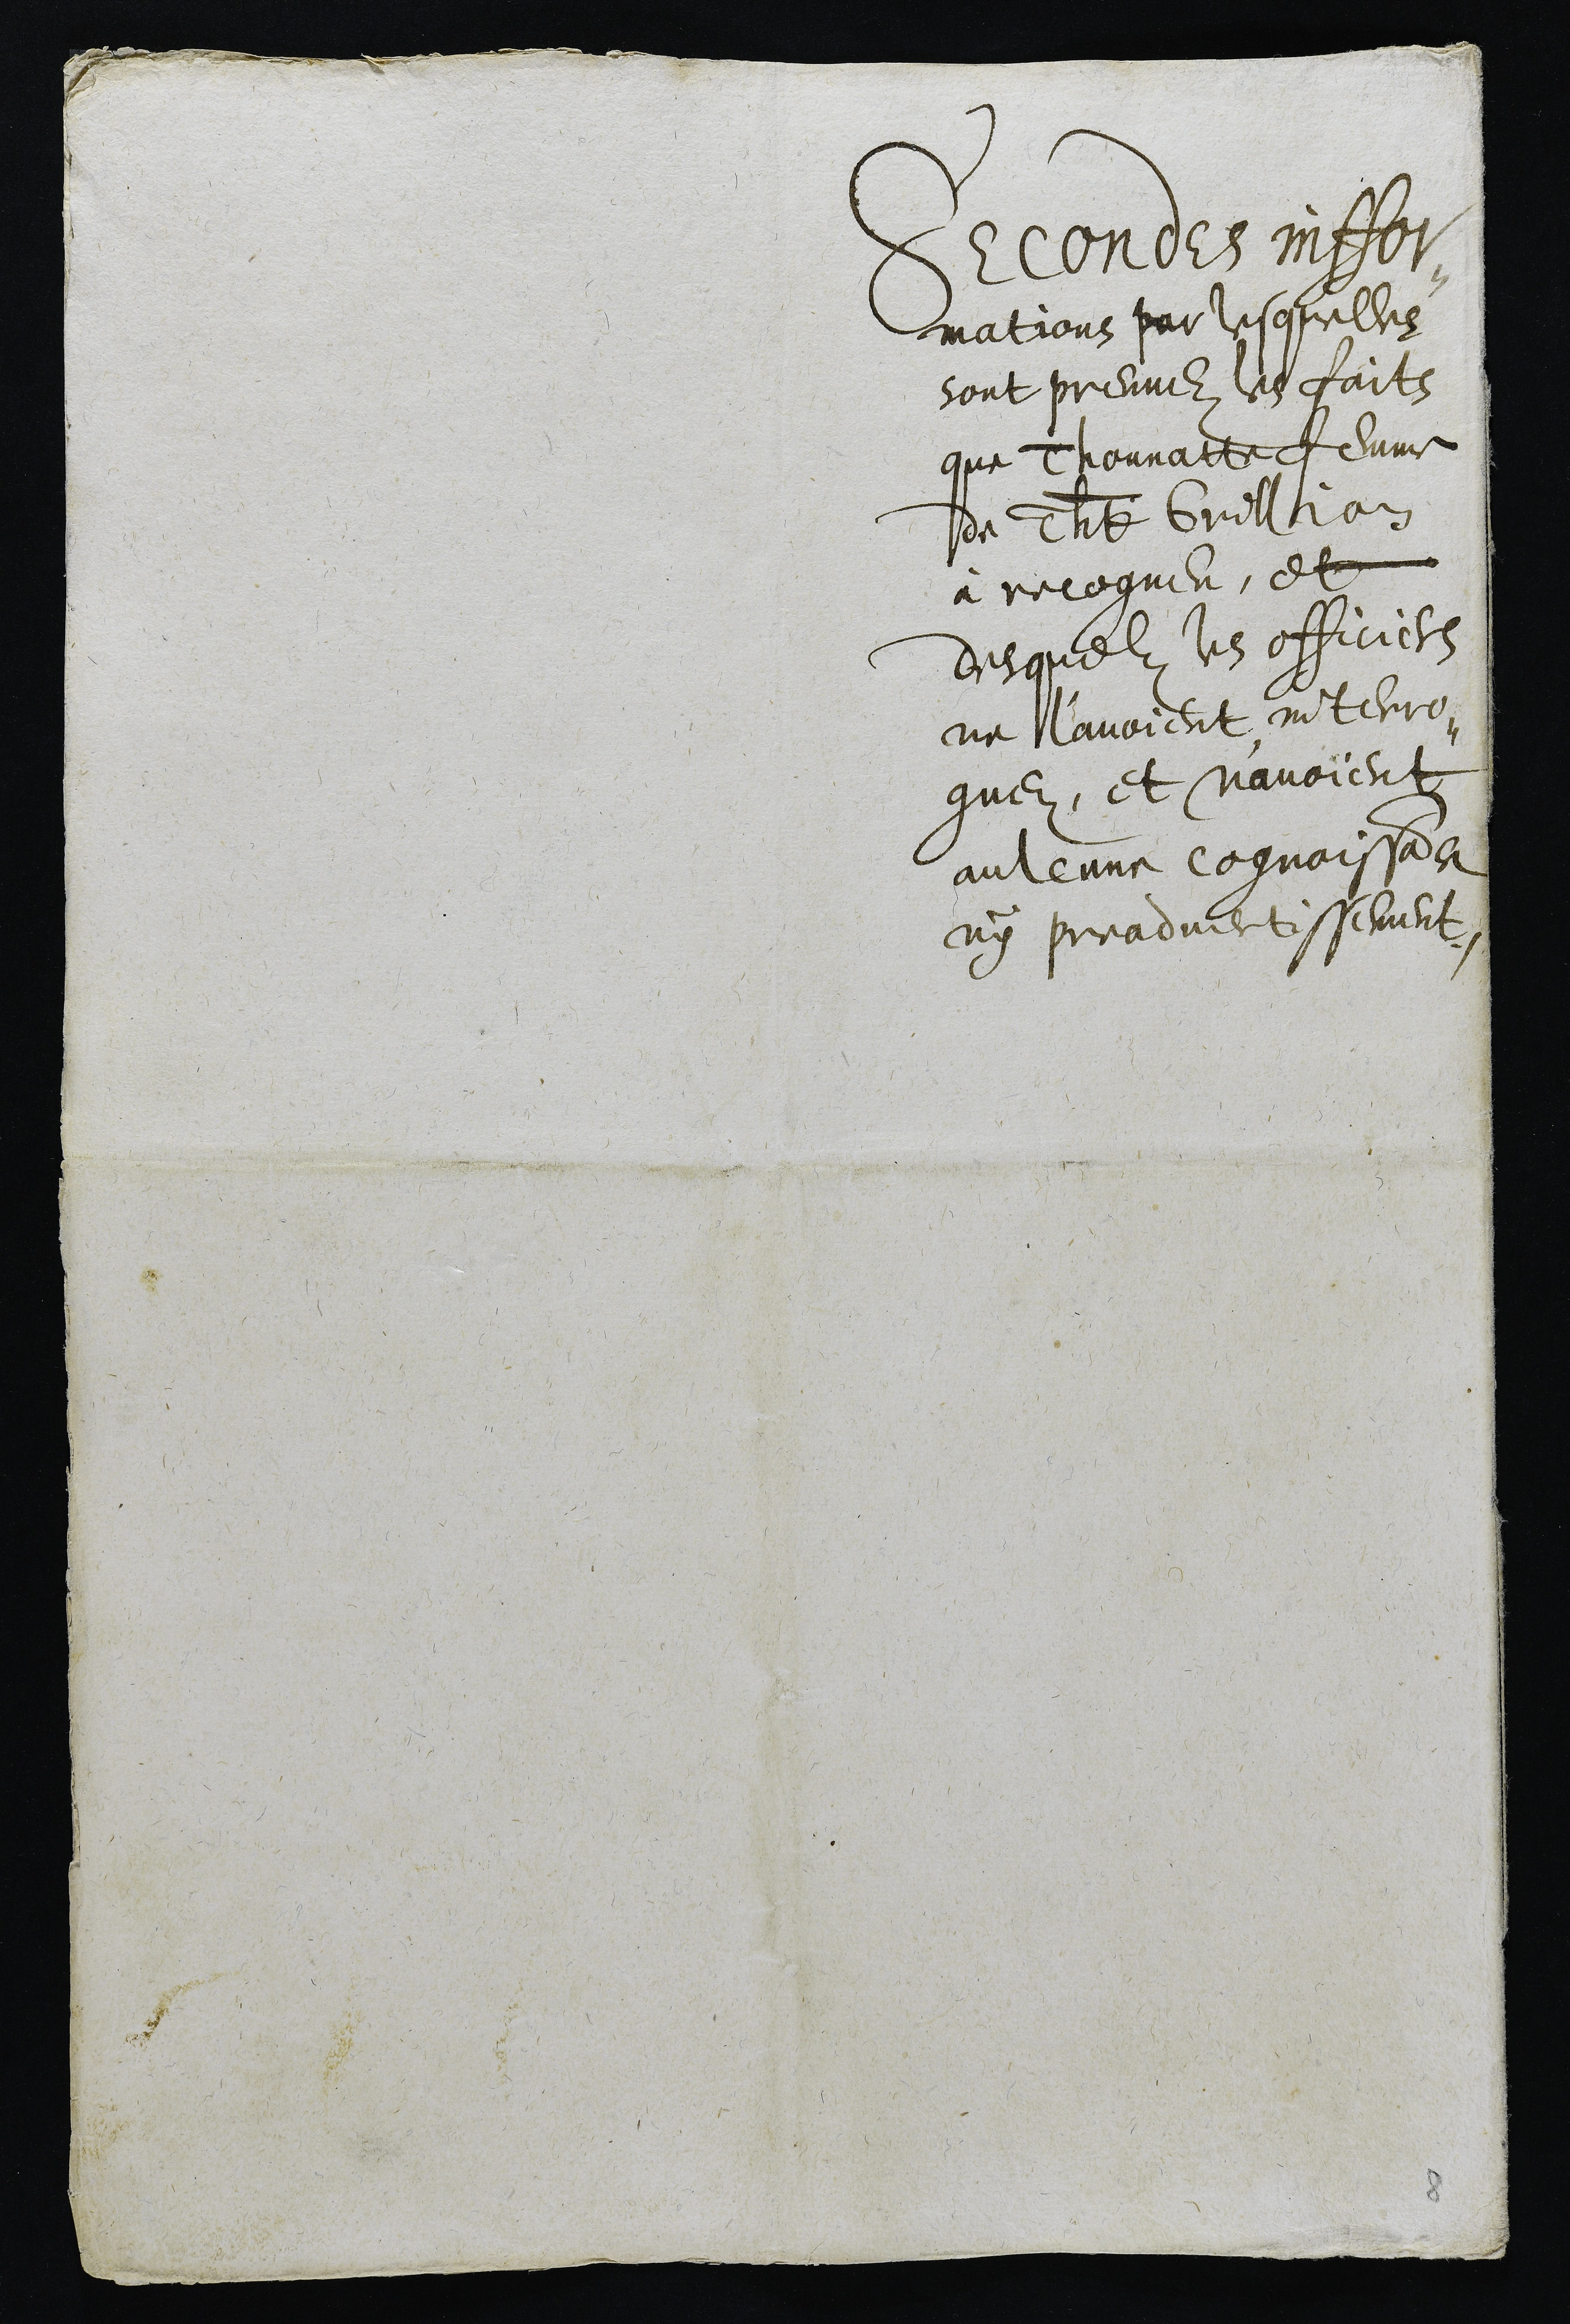
Seconde inffor¬
mations par lesquelles
sont preuvez les faits
que Thonnatte femme
de Thd Grillion
à recogneu, et
desquelz les officiers
ne l'avoient interro¬
guez, et n'avoient
aulcune cognoissance
ny preadvertissement.

8